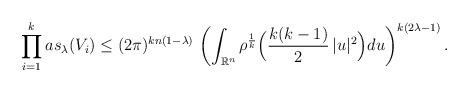
LaTeX: \begin{align*} \prod_{i=1}^k as_\lambda (V_i) \leq (2\pi)^{k n(1-\lambda)} \, \left( \int_{\mathbb{R}^{n}} \rho^{\frac{1}{k}} \Bigl( \frac{k(k-1)}{2} \, |u|^2 \Bigr) du\right)^{k(2 \lambda-1)}. \end{align*}